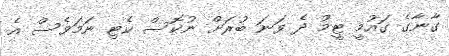
ގާނާގެ ގައުމީ ޓީމު ދެ ވަނަ ބުރަށް ނުކޮސް ކެޓި ނަމަވެސް އެ